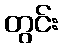
တွင်း